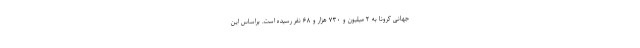
جهانی کرونا به ۲ میلیون و ۷۳۰ هزار و ۶۸ نفر رسیده است. براساس این